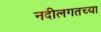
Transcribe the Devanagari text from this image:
नदीलगतच्या